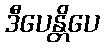
ဒီပေန္တိပေ